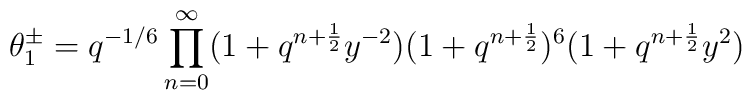
\theta^{\pm}_1 =q^{-1/6}\prod_{n=0}^{\infty}(1+q^{n+\frac{1}{2}}y^{-2})(1+q^{n+\frac{1}{2}})^6(1+q^{n+\frac{1}{2}}y^2)